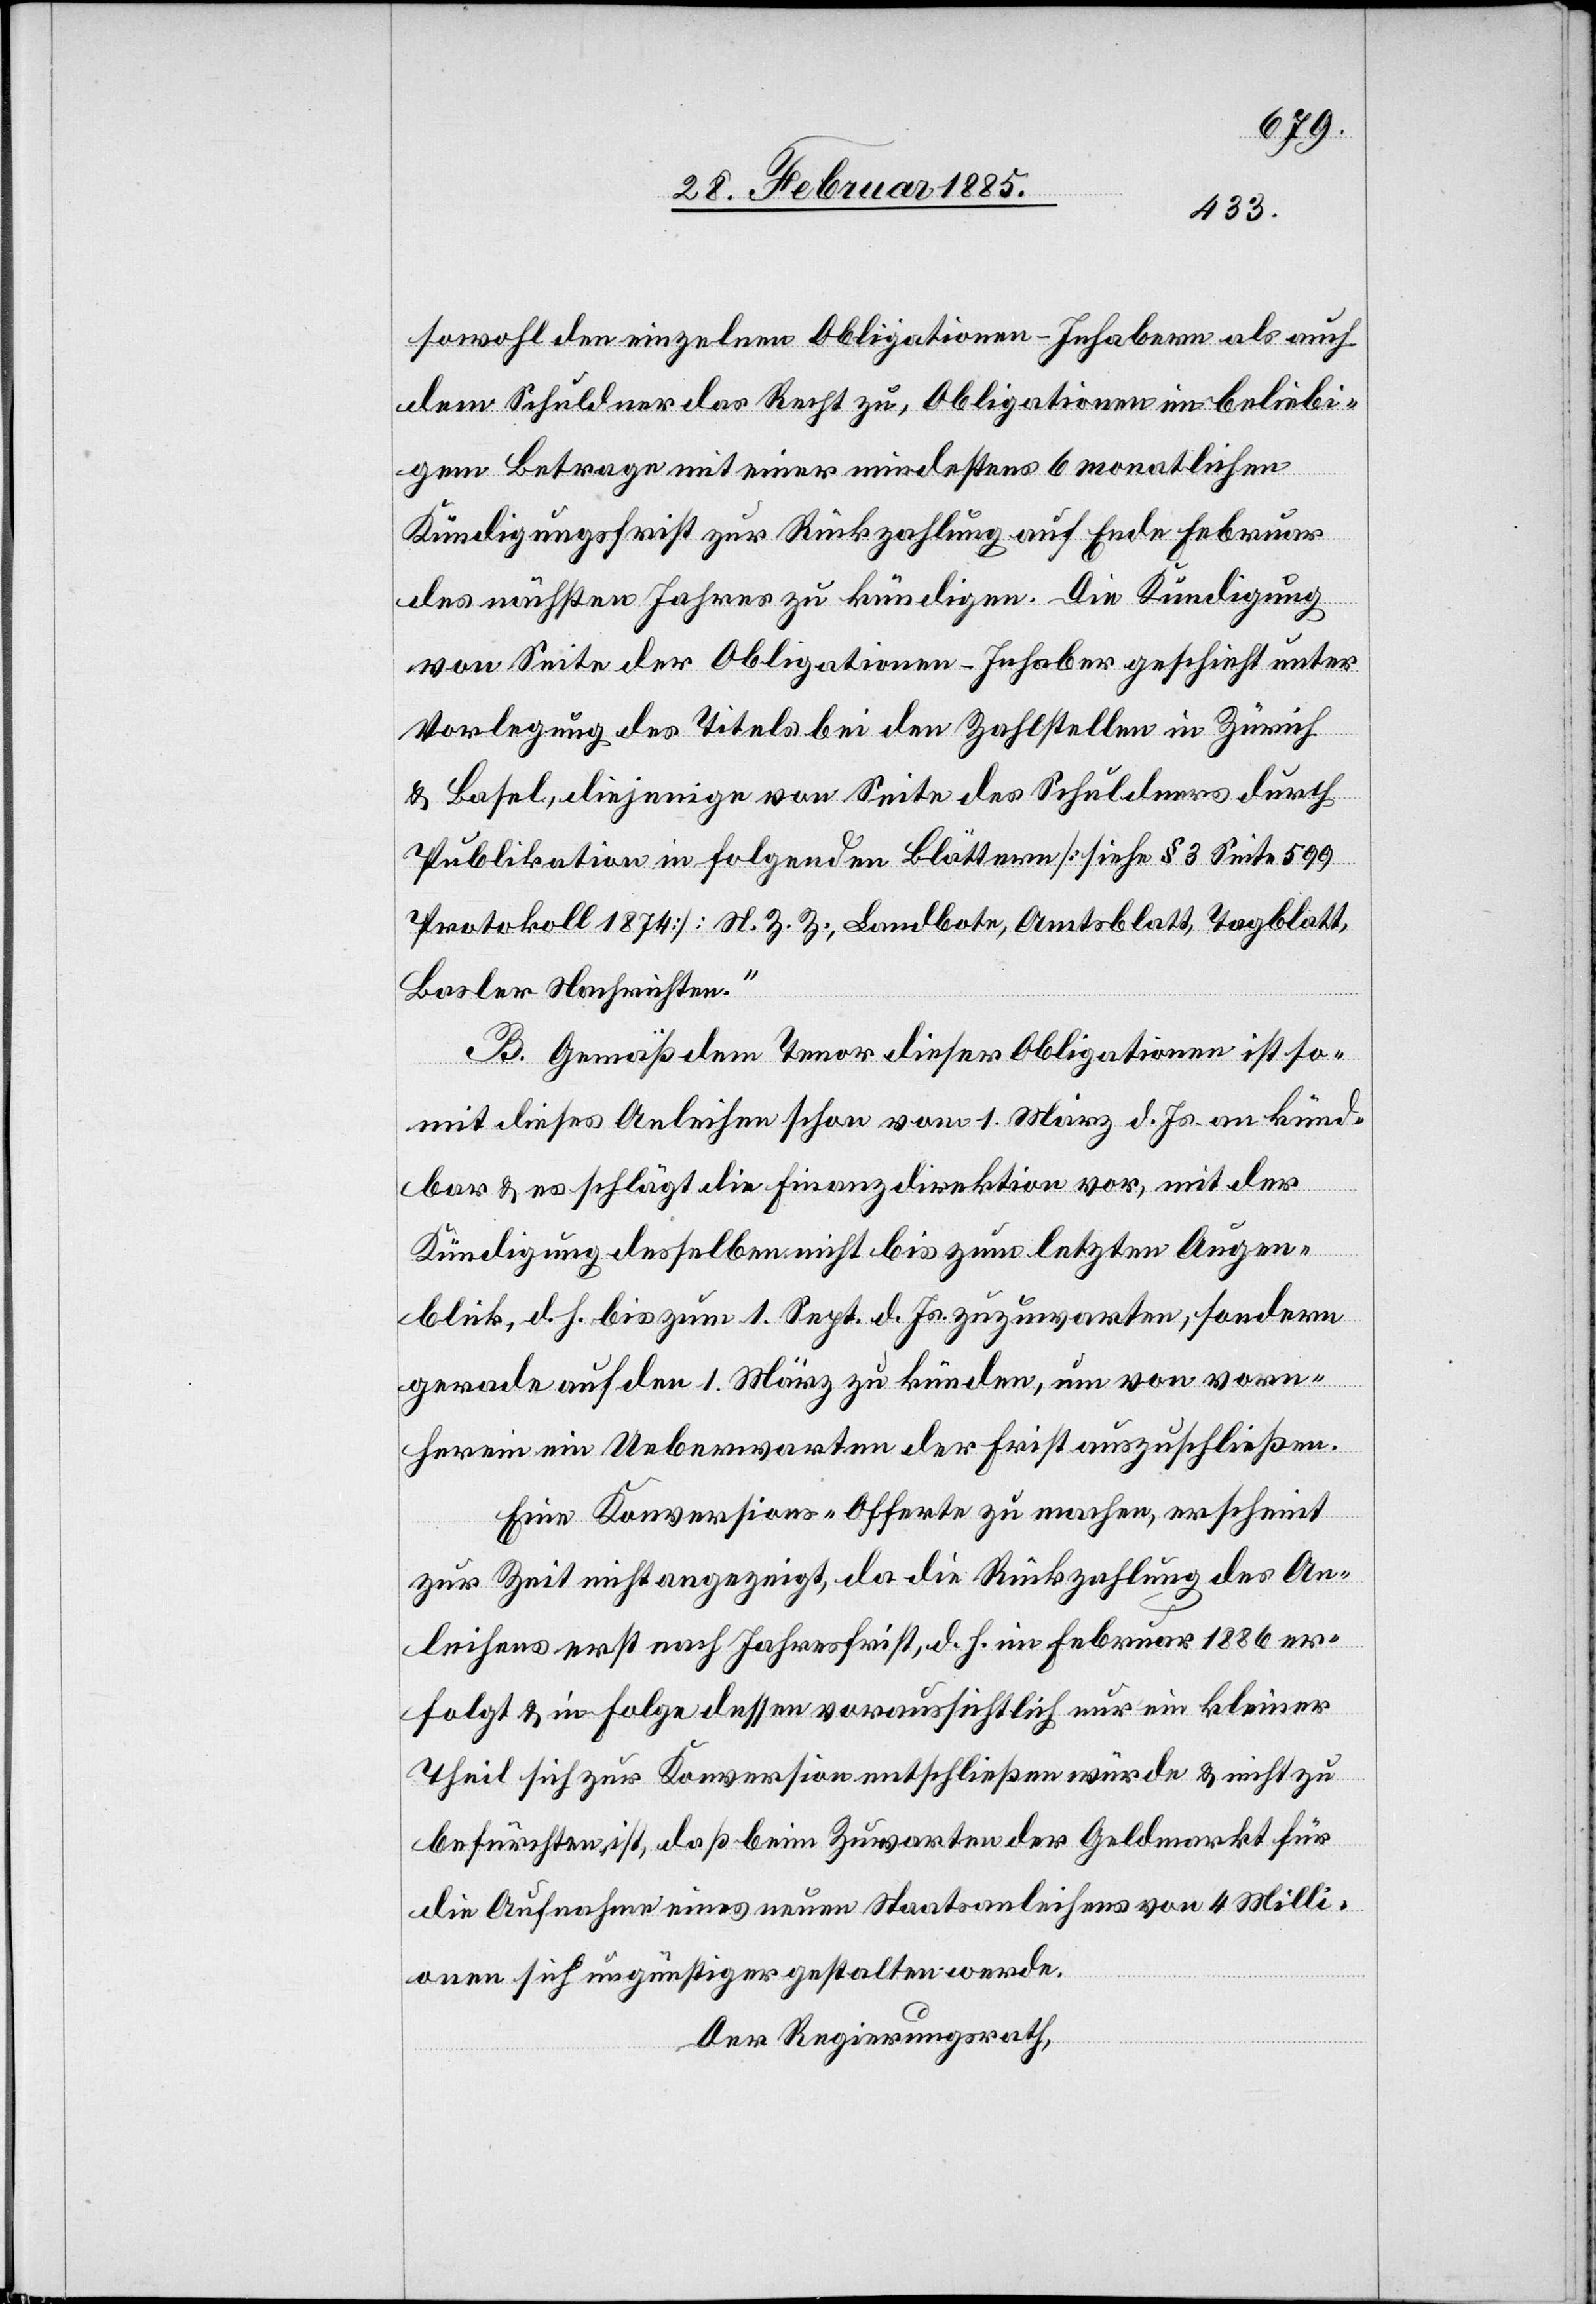
sowohl den einzelnen Obligationen-Inhabern als auch
dem Schuldner das Recht zu, Obligationen im beliebi¬
gen Betrage mit einer mindestens 6 monatlichen
Kündigungsfrist zur Rückzahlung auf Ende Februar
des nächsten Jahres zu kündigen. Die Kündigung
von Seite der Obligationen-Inhaber geschieht unter
Vorlegung des Titels bei den Zahlstellen in Zürich
& Basel, diejenigen von Seite des Schuldners durch
Publikation in folgenden Blättern [siehe § 3 Seite 599
Protokoll 1874]: N. Z. Z., Landbote, Amtsblatt, Tagblatt,
Basler Nachrichten.“
B. Gemäß dem Tenor dieser Obligationen ist so¬
mit dieses Anleihen schon vom 1. März d. Js. an künd¬
bar & es schlägt die Finanzdirektion vor, mit der
Kündigung desselben nicht bis zum letzten Augen¬
blick, d. h. bis zum 1. Sept. d. Js. zuzuwarten, sondern
gerade auf den 1. März zu künden, um von vorn¬
herein ein Ueberwarten der Frist auszuschließen.
Eine Konversions-Offerte zu machen, erscheint
zur Zeit nicht angezeigt, da die Rückzahlung des An¬
leihens erst nach Jahresfrist, d. h. im Februar 1886 er¬
folgt & in Folge dessen voraussichtlich nur ein kleiner
Theil sich zur Konversion entschließen würde & nicht zu
befürchten ist, daß beim Zuwarten der Geldmarkt für
die Aufnahme eines neuen Staatsanleihens von 4 Milli¬
onen sich ungünstiger gestalten werde.
Der Regierungsrath,